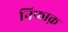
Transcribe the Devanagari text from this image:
निफाक़